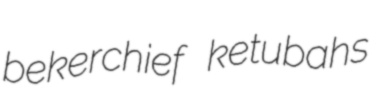
bekerchief ketubahs